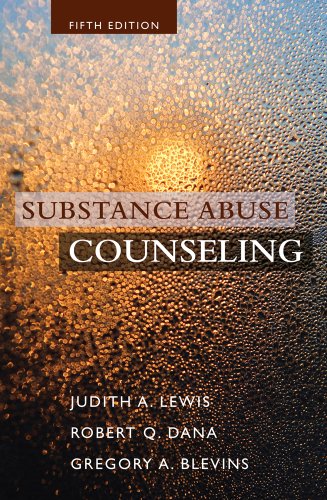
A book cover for Substance Abuse Counseling; Judith A. Lewis; Health, Fitness & Dieting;